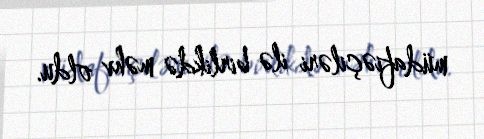
müdafiəçiləri ilə birlikdə məhv oldu.